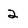
Character: 2